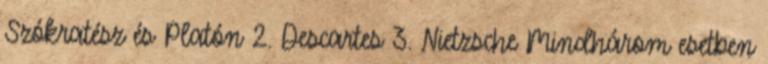
Szókratész és Platón 2. Descartes 3. Nietzsche Mindhárom esetben